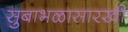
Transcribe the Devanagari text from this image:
सुबाभळासारखी